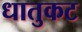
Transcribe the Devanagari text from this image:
धातुकट